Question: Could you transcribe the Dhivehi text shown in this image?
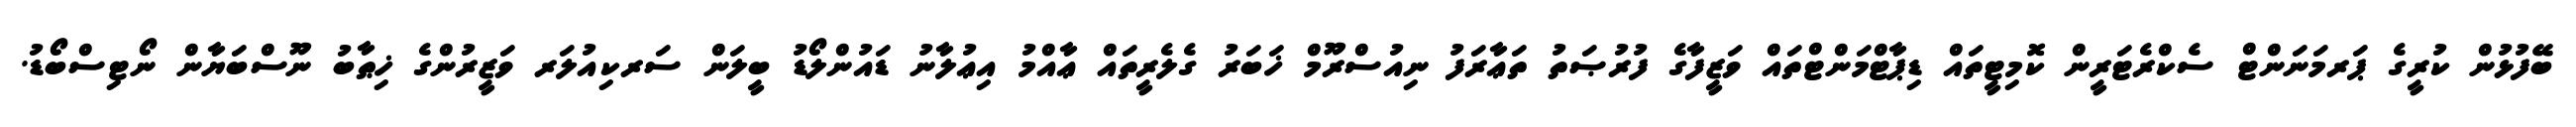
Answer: ބޭފުޅުން ކުރީގެ ޕަރމަނަންޓް ސެކްރެޓަރީން ކޮމިޓީތައް ޑިޕާޓްމަންޓްތައް ވަޒީފާގެ ފުރުޞަތު ތަޢާރަފު ނިއުސްރޫމް ޚަބަރު ގެލެރީތައް ޢާއްމު އިޢުލާނު ޑައުންލޯޑު ބީލަން ސަރކިއުލަރ ވަޒީރުންގެ ޚިޠާބު ނޫސްބަޔާން ނޯޓިސްބޯޑު.